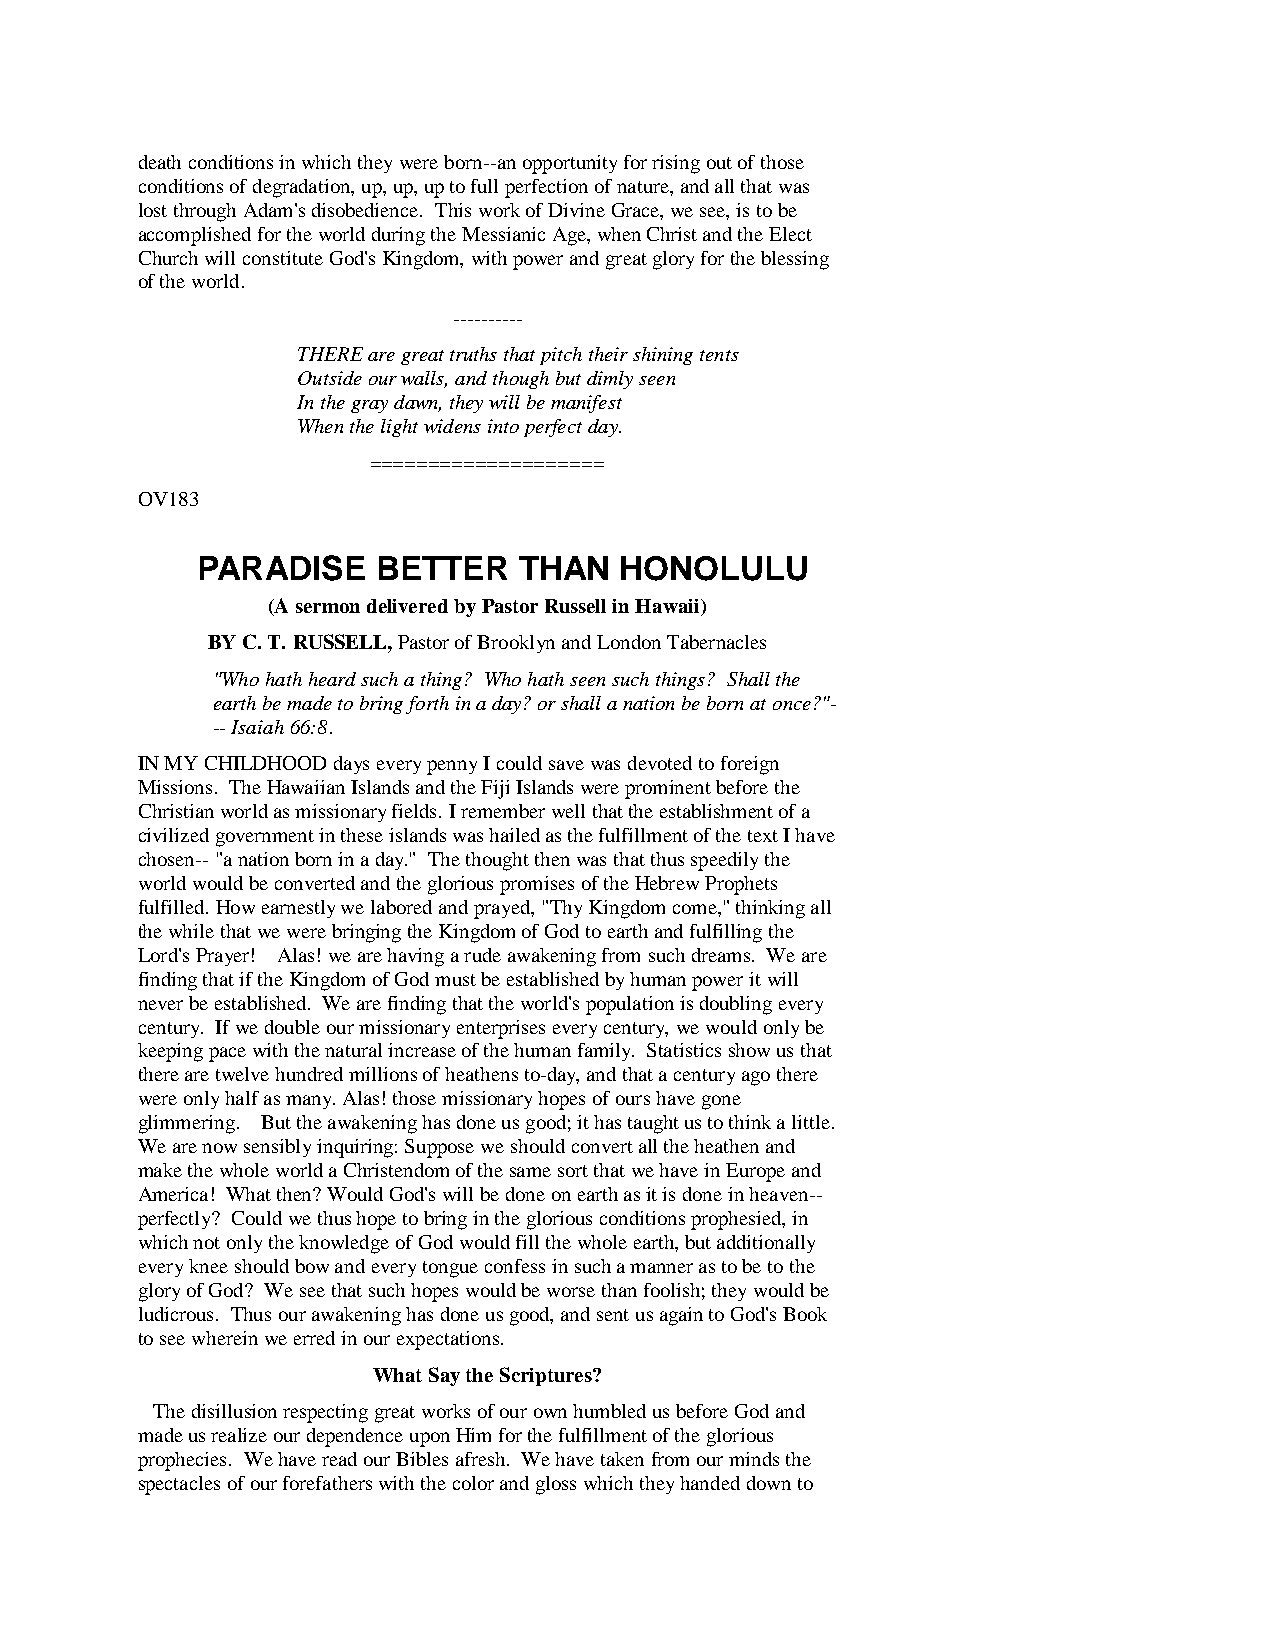
death conditions in which they were born--an opportunity for rising out of those
 conditions of degradation, up, up, up to full perfection of nature, and all that was
 lost through Adam's disobedience. This work of Divine Grace, we see, is to be
 accomplished for the world during the Messianic Age, when Christ and the Elect
 Church will constitute God's Kingdom, with power and great glory for the blessing
 of the world.
 ----------
 THERE are great truths that pitch their shining tents
 Outside our walls, and though but dimly seen
 In the gray dawn, they will be manifest
 When the light widens into perfect day.
 ====================
 OV183
 PARADISE    BETTER   THAN   HONOLULU
 (A sermon delivered by Pastor Russell in Hawaii)
 BY C. T. RUSSELL, Pastor of Brooklyn and London Tabernacles
 "Who hath heard such a thing? Who hath seen such things? Shall the
 earth be made to bring forth in a day? or shall a nation be born at once?"-
 -- Isaiah 66:8.
 IN MY CHILDHOOD days every penny I could save was devoted to foreign
 Missions. The Hawaiian Islands and the Fiji Islands were prominent before the
 Christian world as missionary fields. I remember well that the establishment of a
 civilized government in these islands was hailed as the fulfillment of the text I have
 chosen-- "a nation born in a day." The thought then was that thus speedily the
 world would be converted and the glorious promises of the Hebrew Prophets
 fulfilled. How earnestly we labored and prayed, "Thy Kingdom come," thinking all
 the while that we were bringing the Kingdom of God to earth and fulfilling the
 Lord's Prayer! Alas! we are having a rude awakening from such dreams. We are
 finding that if the Kingdom of God must be established by human power it will
 never be established. We are finding that the world's population is doubling every
 century. If we double our missionary enterprises every century, we would only be
 keeping pace with the natural increase of the human family. Statistics show us that
 there are twelve hundred millions of heathens to-day, and that a century ago there
 were only half as many. Alas! those missionary hopes of ours have gone
 glimmering. But the awakening has done us good; it has taught us to think a little.
 We are now sensibly inquiring: Suppose we should convert all the heathen and
 make the whole world a Christendom of the same sort that we have in Europe and
 America! What then? Would God's will be done on earth as it is done in heaven--
 perfectly? Could we thus hope to bring in the glorious conditions prophesied, in
 which not only the knowledge of God would fill the whole earth, but additionally
 every knee should bow and every tongue confess in such a manner as to be to the
 glory of God? We see that such hopes would be worse than foolish; they would be
 ludicrous. Thus our awakening has done us good, and sent us again to God's Book
 to see wherein we erred in our expectations.
 What Say the Scriptures?
 The disillusion respecting great works of our own humbled us before God and
 made us realize our dependence upon Him for the fulfillment of the glorious
 prophecies. We have read our Bibles afresh. We have taken from our minds the
 spectacles of our forefathers with the color and gloss which they handed down to